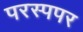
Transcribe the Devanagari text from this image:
परस्पपर